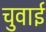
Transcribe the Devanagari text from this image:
चुवाई